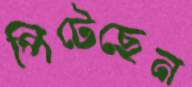
পিটেছেন